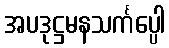
အပဒုဋ္ဌမနသင်္ကပ္ပေါ